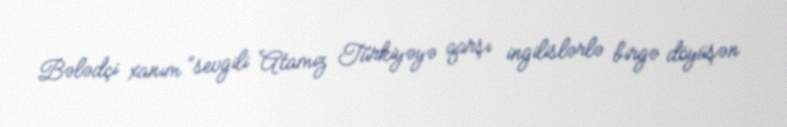
Bələdçi xanım “sevgili Atamız Türkiyəyə qarşı ingilislərlə birgə döyüşən